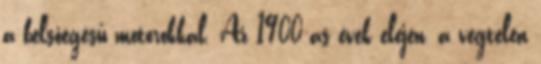
a belsőégésű motorokkal. Az 1900-as évek elején, a végtelen